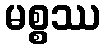
မစ္စဿ